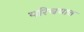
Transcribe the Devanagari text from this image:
परिचयात